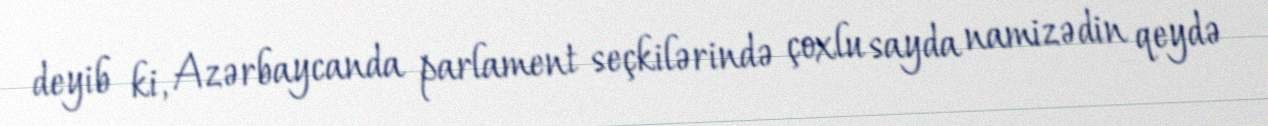
deyib ki, Azərbaycanda parlament seçkilərində çoxlu sayda namizədin qeydə